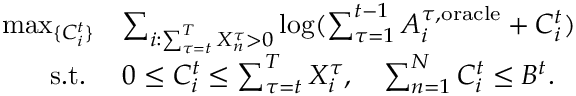
\begin{array} { r l } { \operatorname* { m a x } _ { \{ C _ { i } ^ { t } \} } } & { \sum _ { i : \sum _ { \tau = t } ^ { T } X _ { n } ^ { \tau } > 0 } \log ( \sum _ { \tau = 1 } ^ { t - 1 } A _ { i } ^ { \tau , \mathrm { o r a c l e } } + C _ { i } ^ { t } ) } \\ { \mathrm { s . t . ~ } } & { 0 \leq C _ { i } ^ { t } \leq \sum _ { \tau = t } ^ { T } X _ { i } ^ { \tau } , \quad \sum _ { n = 1 } ^ { N } C _ { i } ^ { t } \leq B ^ { t } . } \end{array}